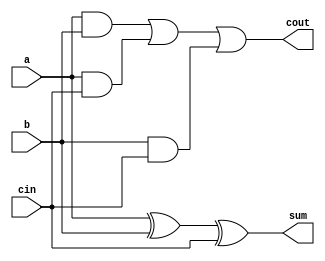
module Full_Adder(a, b, cin, cout, sum);
 input  a, b, cin;      // inputs
 output cout, sum;      // output
 wire   w1, w2, w3, w4; // internal nets

 xor U1  (w1, a, b);
 xor U2  (sum, w1, cin);
 and U3  (w2, a, b);
 and U4  (w3, a, cin);
 and U5  (w4, b, cin);
 or  U6  (cout, w2, w3, w4);
endmodule